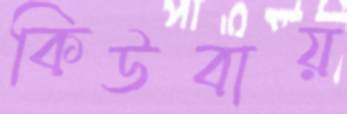
কিউবায়